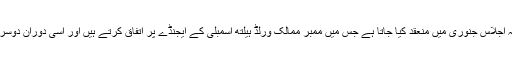
ڈبلیو ایچ او کے ایگزیکٹو بورڈ کا اجلاس سال میں دو مرتبہ ہوتا ہے جبکہ سالانہ اجلاس جنوری میں منعقد کیا جاتا ہے جس میں ممبر ممالک ورلڈ ہیلتھ اسمبلی کے ایجنڈے پر اتفاق کرتے ہیں اور اسی دوران دوسرے اجلاس کے لیے اسمبلی کی جانب سے ایک قرارداد زیر غور لائی جاتی ہے۔